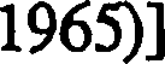
1965)]